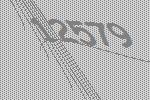
12579